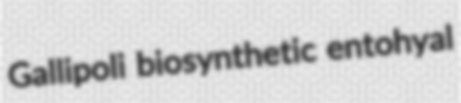
Gallipoli biosynthetic entohyal